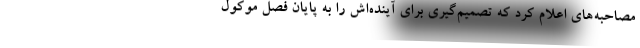
مصاحبه‌های اعلام کرد که تصمیم‌گیری برای آینده‌اش را به پایان فصل موکول